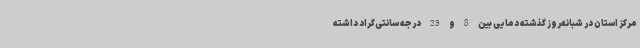
مرکز استان در شبانه‌روز گذشته دمایی بین 8 و 23 درجه سانتی‌گراد داشته